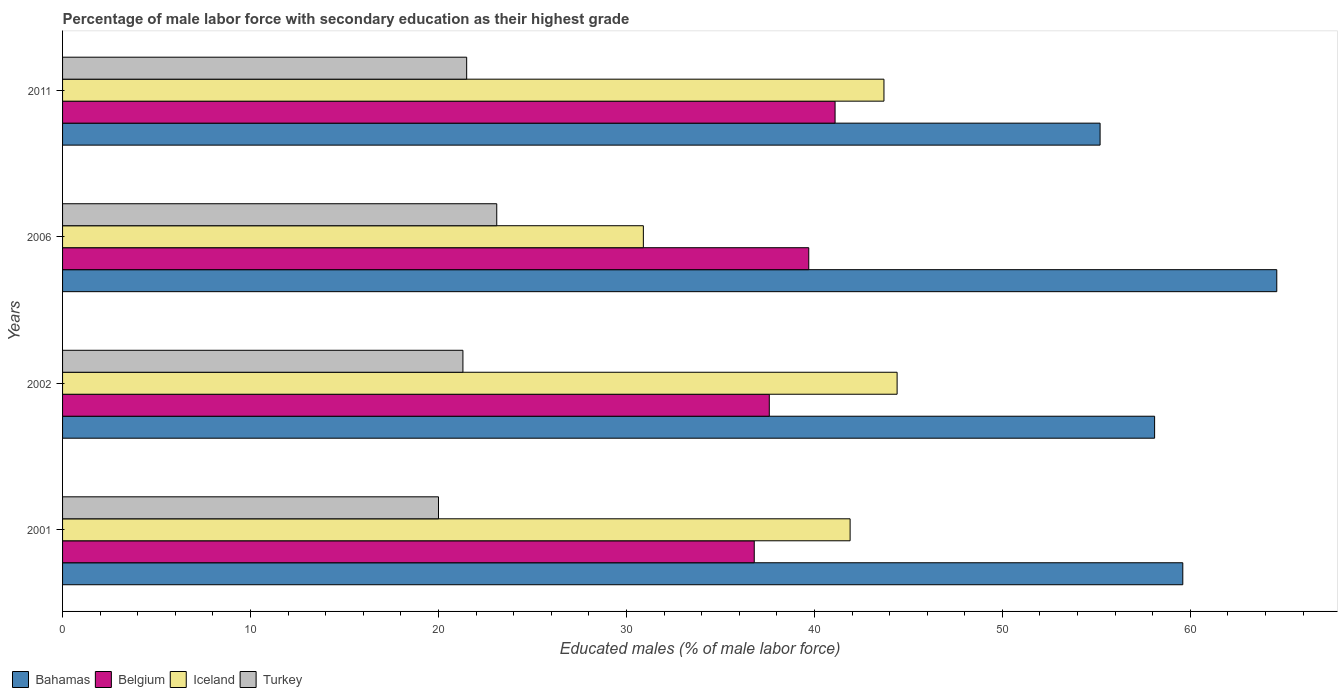
| Years | Bahamas | Belgium | Iceland | Turkey |
 | --- | --- | --- | --- | --- |
 | 2001 | 59.6 | 36.8 | 41.9 | 20 |
 | 2002 | 58.1 | 37.6 | 44.4 | 21.3 |
 | 2006 | 64.6 | 39.7 | 30.9 | 23.1 |
 | 2011 | 55.2 | 41.1 | 43.7 | 21.5 |